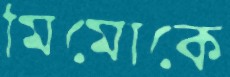
মিমোকে